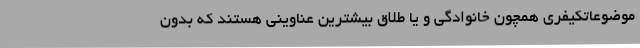
موضوعاتکیفری همچون خانوادگی و یا طلاق بیشترین عناوینی هستند که بدون